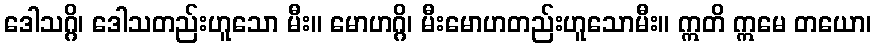
ဒေါသဂ္ဂိ၊ ဒေါသတည်းဟူသော မီး။ မောဟဂ္ဂိ၊ မီးမောဟတည်းဟူသောမီး။ ဣတိ ဣမေ တယော၊